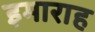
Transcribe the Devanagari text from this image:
इमाराह